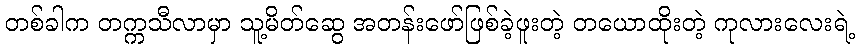
တစ်ခါက တက္ကသီလာမှာ သူ့မိတ်ဆွေ အတန်းဖော်ဖြစ်ခဲ့ဖူးတဲ့ တယောထိုးတဲ့ ကုလားလေးရဲ့